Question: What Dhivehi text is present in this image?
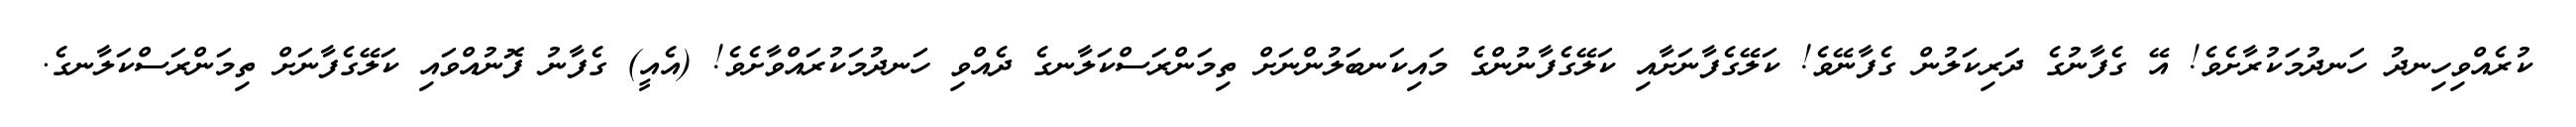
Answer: ކުރެއްވިހިނދު ހަނދުމަކުރާށެވެ! އޭ ގެފާނުގެ ދަރިކަލުން ގެފާނޭވެ! ކަލޭގެފާނަށާއި ކަލޭގެފާނުންގެ މައިކަނބަލުންނަށް ތިމަންރަސްކަލާނގެ ދެއްވި ހަނދުމަކުރައްވާށެވެ! (އެއީ) ގެފާނު ފޮނުއްވައި ކަލޭގެފާނަށް ތިމަންރަސްކަލާނގެ.